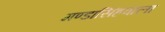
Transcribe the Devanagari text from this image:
गण्डासिंहवाला